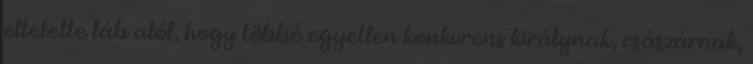
eltetette láb alól, hogy többé egyetlen konkurens királynak, császárnak,